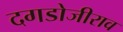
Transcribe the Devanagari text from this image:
दगडोजीराव